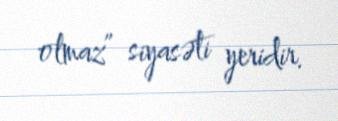
olmaz” siyasəti yeridir.